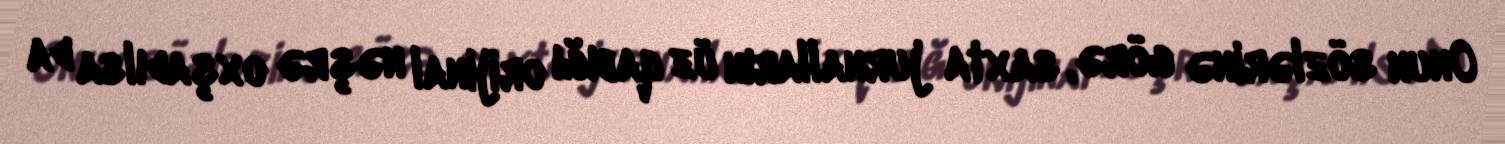
Onun sözlərinə görə, saxta jurnalların üz qabığı orijinal nəşrə oxşadılsa da